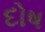
દોષ